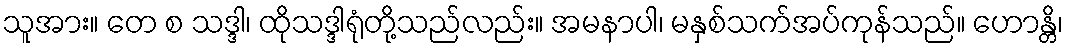
သူအား။ တေ စ သဒ္ဒါ၊ ထိုသဒ္ဒါရုံတို့သည်လည်း။ အမနာပါ၊ မနှစ်သက်အပ်ကုန်သည်။ ဟောန္တိ၊